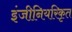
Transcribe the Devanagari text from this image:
इंजीनियरिकृत